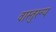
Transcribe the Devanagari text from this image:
वास्तुरूप